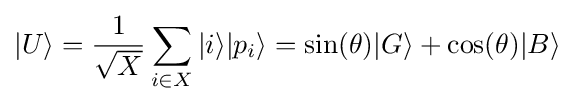
|U\rangle ={\frac {1}{\sqrt {X}}}\sum _{i\in X}|i\rangle |p_{i}\rangle =\sin(\theta )|G\rangle +\cos(\theta )|B\rangle